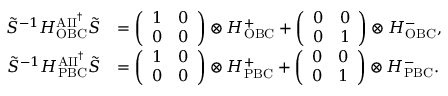
\begin{array} { r l } { \tilde { S } ^ { - 1 } H _ { \mathrm { O B C } } ^ { \mathrm { A I I } ^ { \dag } } \tilde { S } } & { = \left( \begin{array} { l l } { 1 } & { 0 } \\ { 0 } & { 0 } \end{array} \right) \otimes H _ { \mathrm { O B C } } ^ { + } + \left( \begin{array} { l l } { 0 } & { 0 } \\ { 0 } & { 1 } \end{array} \right) \otimes H _ { \mathrm { O B C } } ^ { - } , } \\ { \tilde { S } ^ { - 1 } H _ { \mathrm { P B C } } ^ { \mathrm { A I I } ^ { \dag } } \tilde { S } } & { = \left( \begin{array} { l l } { 1 } & { 0 } \\ { 0 } & { 0 } \end{array} \right) \otimes H _ { \mathrm { P B C } } ^ { + } + \left( \begin{array} { l l } { 0 } & { 0 } \\ { 0 } & { 1 } \end{array} \right) \otimes H _ { \mathrm { P B C } } ^ { - } . } \end{array}